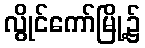
လွိုင်ကော်မြို့၌